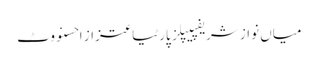
میاں نواز شریفپیپلز پارٹیاعتزاز احسنووٹ